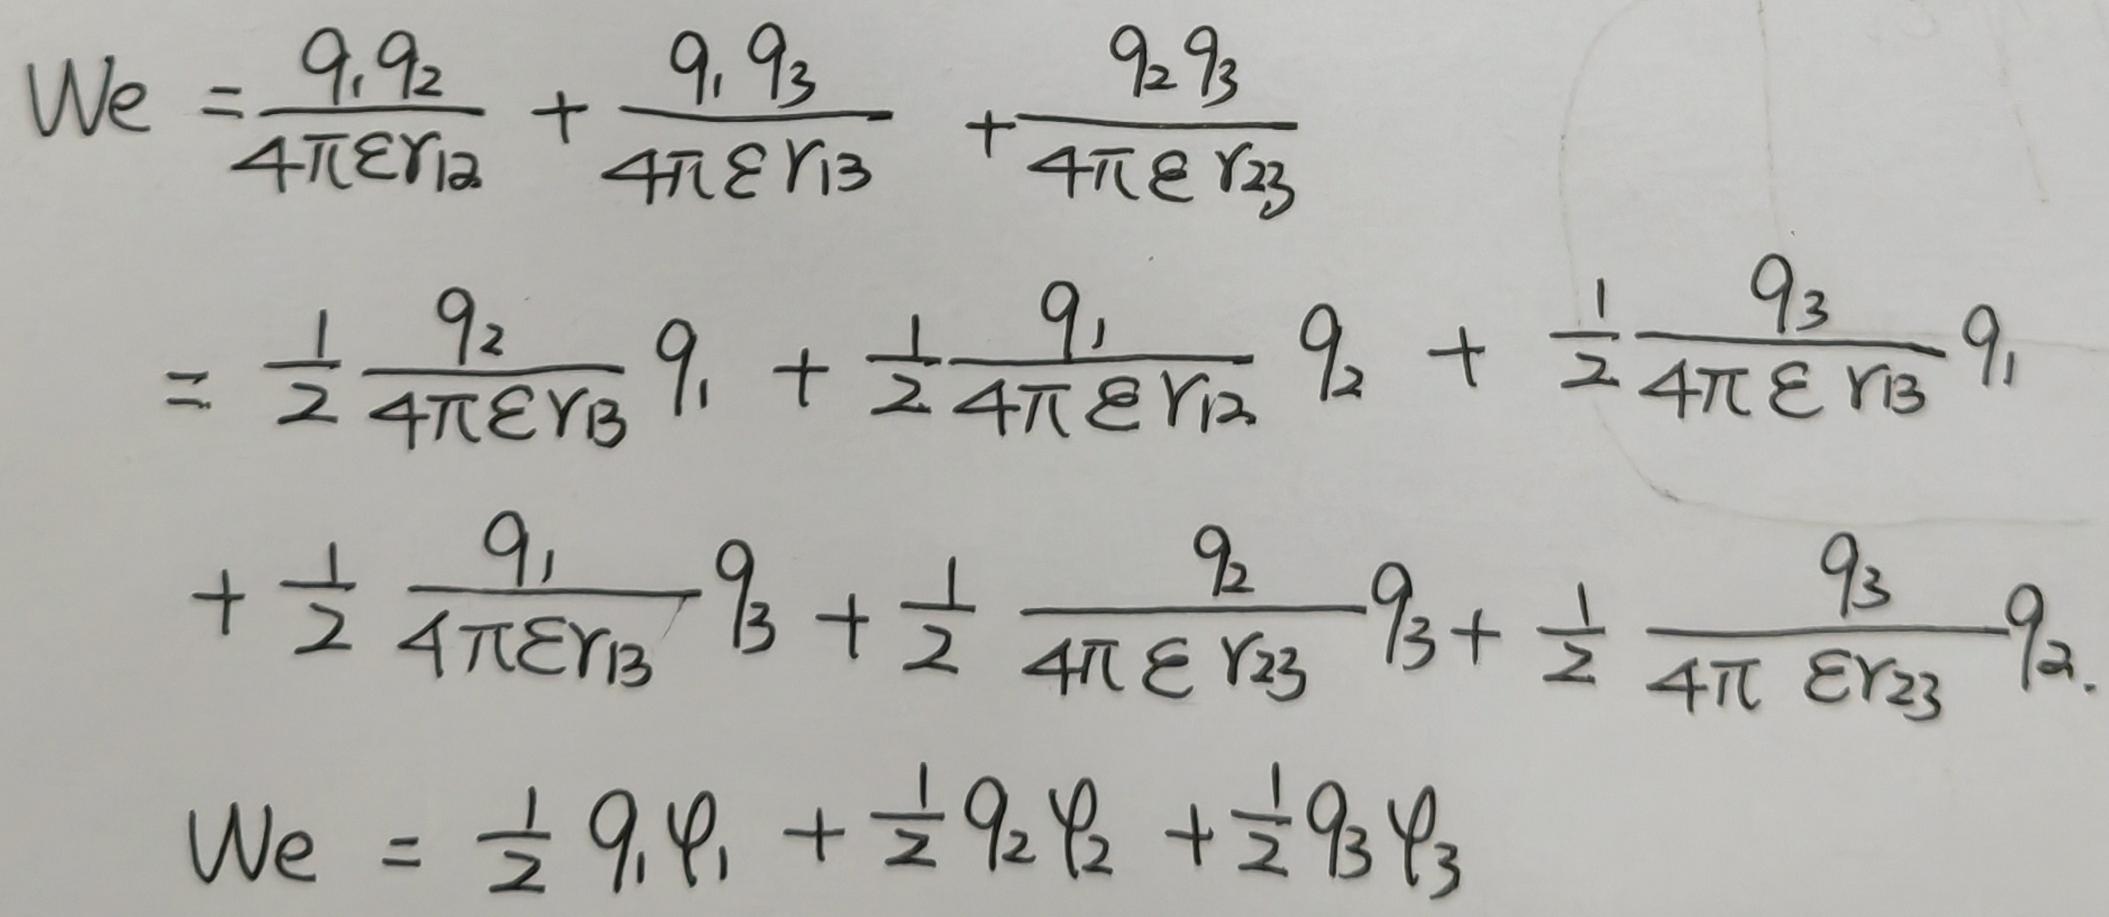
\[
\begin{align*}
We&=\frac{q_1q_2}{4\pi\varepsilon r_{12}}+\frac{q_1q_3}{4\pi\varepsilon r_{13}}+\frac{q_2q_3}{4\pi\varepsilon r_{23}}\\
&=\frac{1}{2}\frac{q_2}{4\pi\varepsilon r_{12}}q_1+\frac{1}{2}\frac{q_1}{4\pi\varepsilon r_{12}}q_2+\frac{1}{2}\frac{q_3}{4\pi\varepsilon r_{13}}q_1\\
&+\frac{1}{2}\frac{q_1}{4\pi\varepsilon r_{13}}q_3+\frac{1}{2}\frac{q_2}{4\pi\varepsilon r_{23}}q_3+\frac{1}{2}\frac{q_3}{4\pi\varepsilon r_{23}}q_2\\
We&=\frac{1}{2}q_1\varphi_1+\frac{1}{2}q_2\varphi_2+\frac{1}{2}q_3\varphi_3
\end{align*}
\]